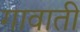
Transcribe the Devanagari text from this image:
गावाती